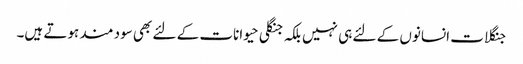
جنگلات انسانوں کے لئے ہی نہیں بلکہ جنگلی حیوانات کے لئے بھی سود مند ہوتے ہیں۔